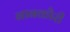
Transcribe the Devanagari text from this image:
नानकौरी